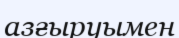
азғыруымен